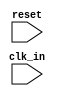
module timing_control_sync (
  input wire clk_in,        // external clock input
  input wire reset,         // reset signal
  // Add additional input/output ports as needed

  // Add internal signals as needed

  // Add submodules for clock generation, data integrity, timing, error detection/correction, clock domain crossing

  // Add any other logic needed for the timing control and synchronization blocks

  // Add output signals as needed
);

  // Add implementation here

endmodule